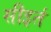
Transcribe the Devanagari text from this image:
सीइर्त